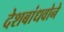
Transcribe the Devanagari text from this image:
देशबांधवोने